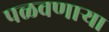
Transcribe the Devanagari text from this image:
पळवणार्‍या